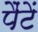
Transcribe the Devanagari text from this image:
पैंटें